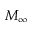
M _ { \infty }